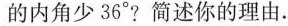
的内角少36°?简述你的理由。